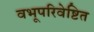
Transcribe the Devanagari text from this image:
वभूपरिवेष्टित